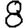
Digit: 8